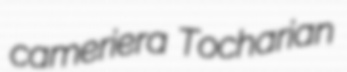
cameriera Tocharian